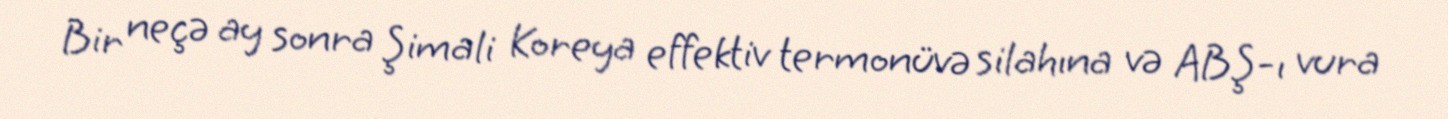
Bir neçə ay sonra Şimali Koreya effektiv termonüvə silahına və ABŞ-ı vura